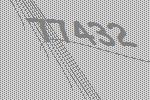
77432